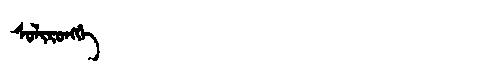
Manchu: ᠰᠣᠯᡳᡵᠣᠩᡤᡝ
Romanization: SOLIRONGGE